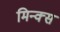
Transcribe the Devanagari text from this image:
मिन्क्स